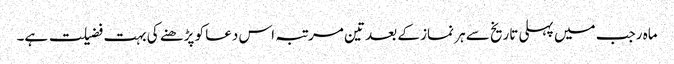
ماہ رجب میں پہلی تاریخ سے ہر نماز کے بعد تین مرتبہ اس دعا کو پڑھنے کی بہت فضیلت ہے۔